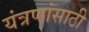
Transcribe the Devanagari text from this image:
यंत्रणांसाठी